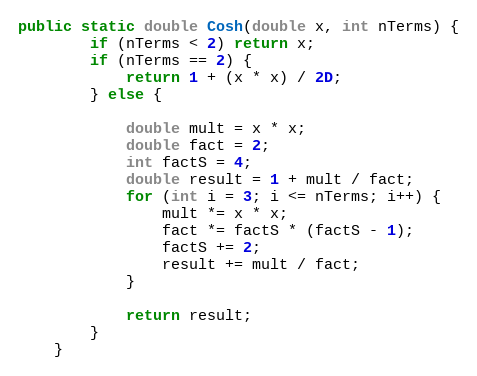
Language: Java
public static double Cosh(double x, int nTerms) {
        if (nTerms < 2) return x;
        if (nTerms == 2) {
            return 1 + (x * x) / 2D;
        } else {

            double mult = x * x;
            double fact = 2;
            int factS = 4;
            double result = 1 + mult / fact;
            for (int i = 3; i <= nTerms; i++) {
                mult *= x * x;
                fact *= factS * (factS - 1);
                factS += 2;
                result += mult / fact;
            }

            return result;
        }
    }